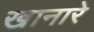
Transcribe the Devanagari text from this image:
खानारे